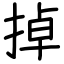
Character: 掉